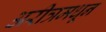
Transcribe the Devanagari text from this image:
अरीत्रमधून